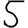
Digit: 5